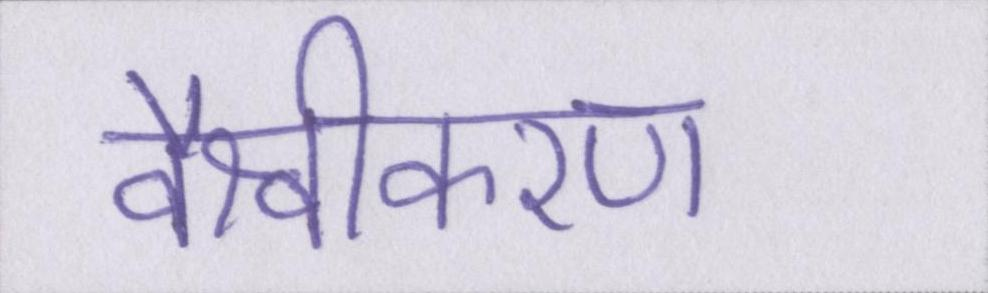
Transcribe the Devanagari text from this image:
वैश्वीकरण